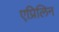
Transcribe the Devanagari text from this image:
एप्रिलिन